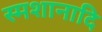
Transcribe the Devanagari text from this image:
स्मशानादि